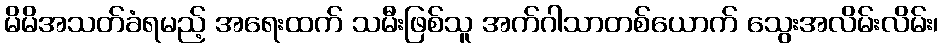
မိမိအသတ်ခံရမည့် အရေးထက် သမီးဖြစ်သူ အက်ဂါသာတစ်ယောက် သွေးအလိမ်းလိမ်း၊